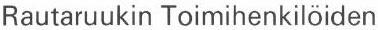
Rautaruukin Toimihenkilöiden